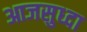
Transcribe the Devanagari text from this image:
आजसुध्दा